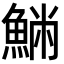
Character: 𩸁